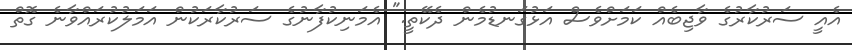
އެއީ ސަރުކާރުގެ ވާޖިބެއް ކަމަށްވެސް އަޅުގަނޑުމެން ދެކޭތީ." އެމަނިކުފާނުގެ ސަރުކާރަކުން އަމަލުކުރައްވާނެ ގޮތް